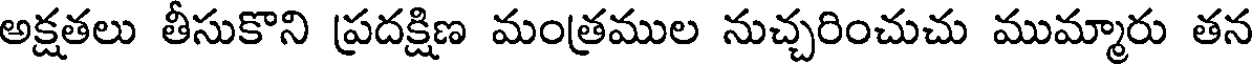
అక్షతలు తీసుకొని ప్రదక్షిణ మంత్రముల నుచ్చరించుచు ముమ్మారు తన